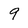
Character: 9